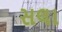
સલા